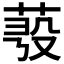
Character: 𦲗